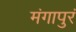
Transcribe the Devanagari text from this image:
मंगापुरं